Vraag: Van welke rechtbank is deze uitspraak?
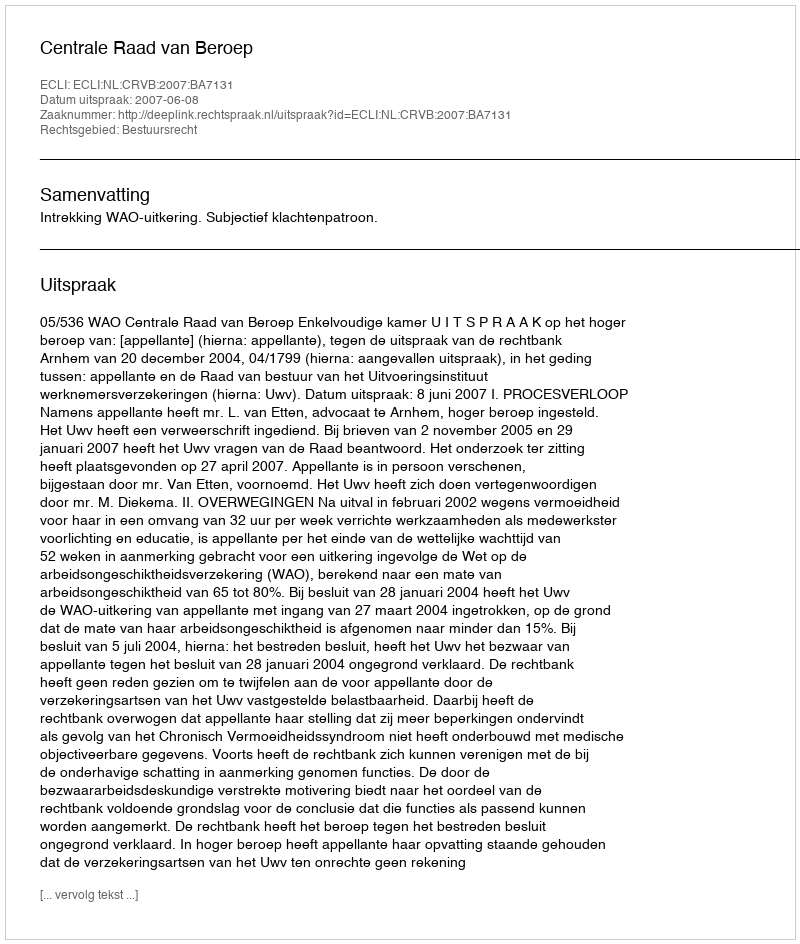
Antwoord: Centrale Raad van Beroep